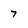
Character: 7